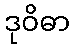
ဒုဝိဓာ